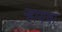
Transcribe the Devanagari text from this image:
र्‍हायचा